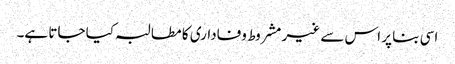
اسی بنا پر اس سے غیر مشروط وفاداری کا مطالبہ کیا جاتا ہے۔